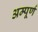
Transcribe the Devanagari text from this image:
अम्पूर्ण